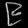
Digit: ၉